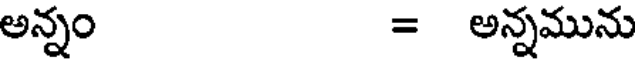
అన్నం = అన్నమును